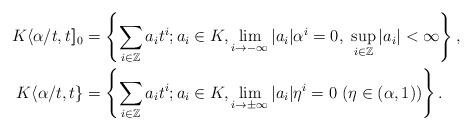
LaTeX: \begin{align*}K\langle\alpha/t,t]\!]_0&=\left\{\sum_{i\in\mathbb{Z}}a_it^i;a_i\in K, \lim_{i\to-\infty}{|a_i|\alpha^i}=0,\ \sup_{i\in\mathbb{Z}}{|a_i|}<\infty\right\},\\K\langle\alpha/t,t\}&=\left\{\sum_{i\in\mathbb{Z}}a_it^i;a_i\in K, \lim_{i\to\pm\infty}{|a_i|\eta^i}=0\ (\eta\in (\alpha,1))\right\}.\end{align*}